Scottish Leaving Certificate Examination, 1957
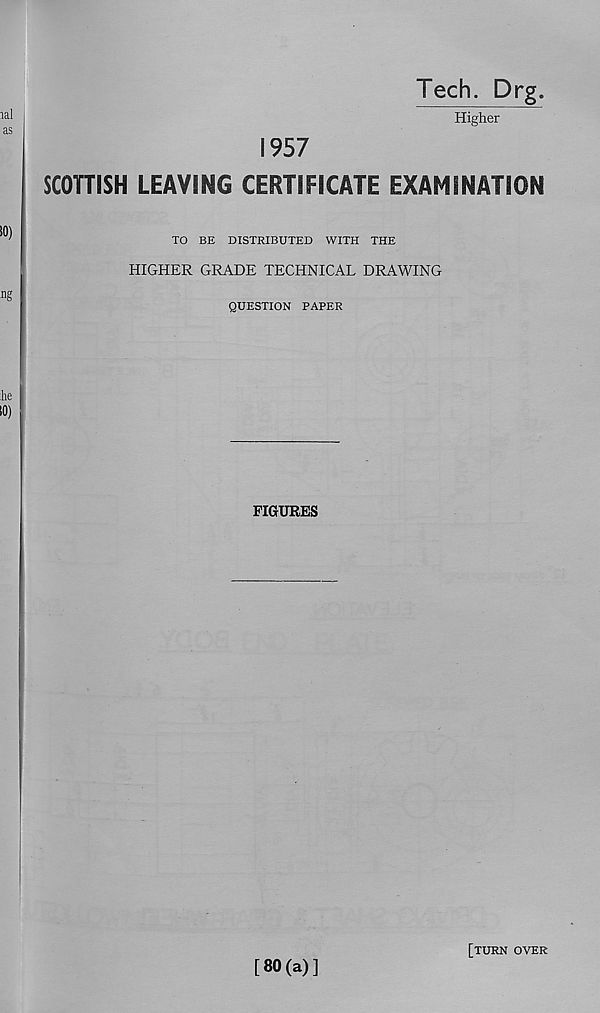
Tech. Drg.
Higher
1957
SCOHISH LEAVING CERTIFICATE EXAMINATION
TO BE DISTRIBUTED WITH THE
HIGHER GRADE TECHNICAL DRAWING
QUESTION PAPER
FIGURES
[80(a)]
[TURN OVER